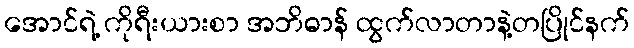
အောင်ရဲ့ ကိုရီးယားစာ အဘိဓာန် ထွက်လာတာနဲ့တပြိုင်နက်